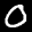
Label: 0